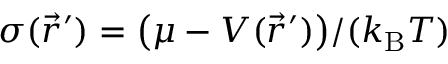
{ \sigma ( \vec { r } ^ { \prime } ) = \big ( \mu - V ( \vec { r } ^ { \prime } ) \big ) / ( k _ { \mathrm { B } } T ) }